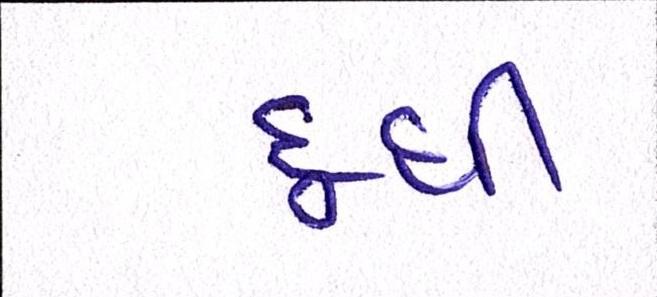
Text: દૂધી